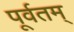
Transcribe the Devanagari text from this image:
पूर्वतम्